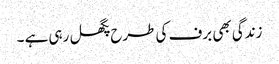
زندگی بھی برف کی طرح پگھل رہی ہے ۔